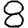
Digit: 8